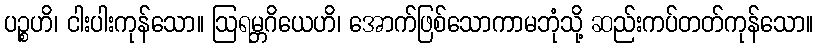
ပဉ္စဟိ၊ ငါးပါးကုန်သော။ ဩရမ္ဘဂိယေဟိ၊ အောက်ဖြစ်သောကာမဘုံသို့ ဆည်းကပ်တတ်ကုန်သော။